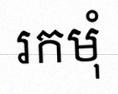
រកមុំ